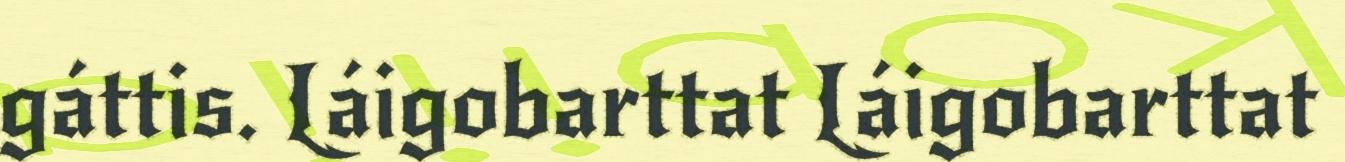
gáttis. Láigobarttat Láigobarttat